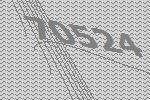
70524